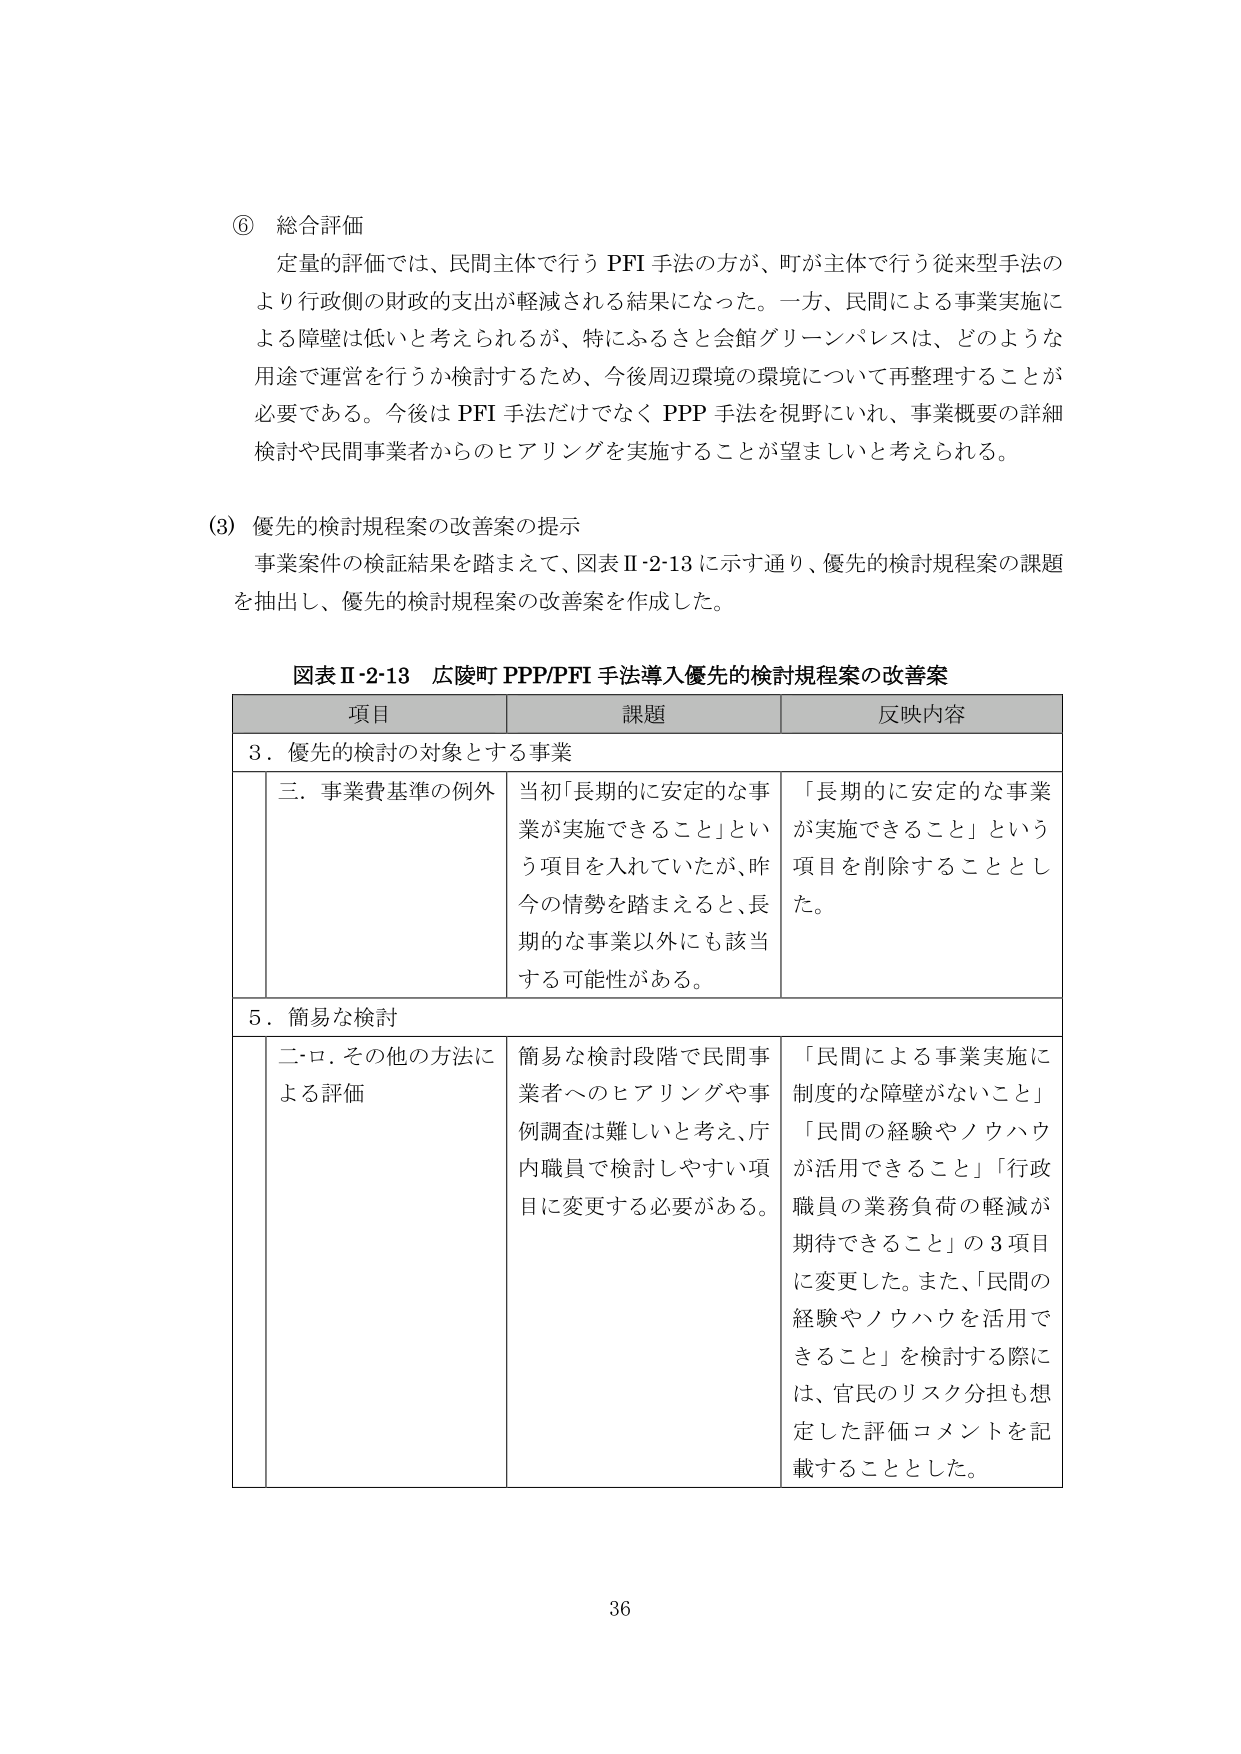
⑥ 総合評価
定量的評価では、民間主体で行う PFI 手法の方が、町が主体で行う従来型手法の
より行政側の財政的支出が軽減される結果になった。一方、民間による事業実施に
よる障壁は低いと考えられるが、特にふるさと会館グリーンパレスは、どのような
用途で運営を行うか検討するため、今後周辺環境の環境について再整理することが
必要である。今後は PFI 手法だけでなく PPP 手法を視野にいれ、事業概要の詳細
検討や民間事業者からのヒアリングを実施することが望ましいと考えられる。

(3) 優先的検討規程案の改善案の提示
事業案件の検証結果を踏まえて、図表Ⅱ-2-13 に示す通り、優先的検討規程案の課題
を抽出し、優先的検討規程案の改善案を作成した。

図表Ⅱ-2-13 広陵町 PPP/PFI 手法導入優先的検討規程案の改善案
項目 課題 反映内容
3．優先的検討の対象とする事業
　三．事業費基準の例外 当初「長期的に安定的な事業が実施できること」という項目を入れていたが、昨今の情勢を踏まえると、長期的な事業以外にも該当する可能性がある。 「長期的に安定的な事業が実施できること」という項目を削除することとした。
5．簡易な検討
　二・ロ．その他の方法による評価 簡易な検討段階で民間事業者へのヒアリングや事例調査は難しいと考え、庁内職員で検討しやすい項目に変更する必要がある。 「民間による事業実施に制度的な障壁がないこと」「民間の経験やノウハウが活用できること」「行政職員の業務負荷の軽減が期待できること」の3項目に変更した。また、「民間の経験やノウハウを活用できること」を検討する際には、官民のリスク分担も想定した評価コメントを記載することとした。

36